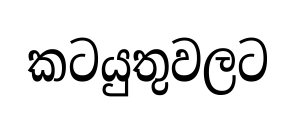
කටයුතුවලට